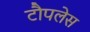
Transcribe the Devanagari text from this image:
टौपलेस